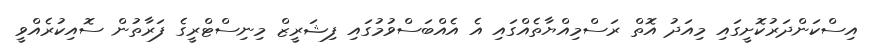
އިސްކަންދަރުކޮށީގައި މިއަދު އޮތް ރަސްމިއްޔާތެއްގައި އެ އެއްބަސްވުމުގައި ފިޝަރީޒް މިނިސްޓްރީގެ ފަރާތުން ސޮއިކުރެއްވީ